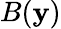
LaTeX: B(\mathbf{y})